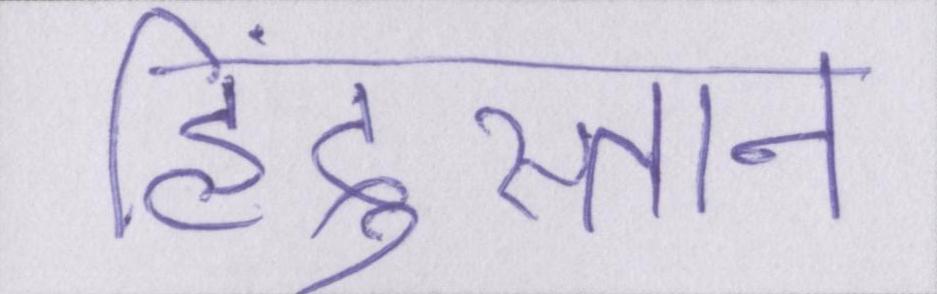
हिंदुस्तान